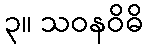
၃။ သဝနဝိဓိ